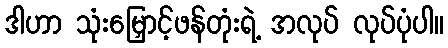
ဒါဟာ သုံးမြှောင့်ဖန်တုံးရဲ့ အလုပ် လုပ်ပုံပါ။